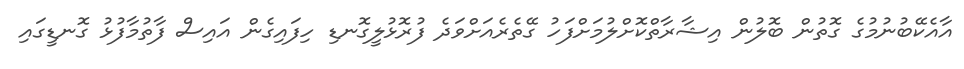
އާއެކޭބުނުމުގެ ގޮތުން ބޮލުން އިޝާރާތްކޮށްލުމަށްފަހު ގޭތެރެއަށްވަދެ ފުރޮޅުލީގޮނޑި ހިފައިގެން އައިސް ފާތުމާފުޅު ގޮނޑީގައި